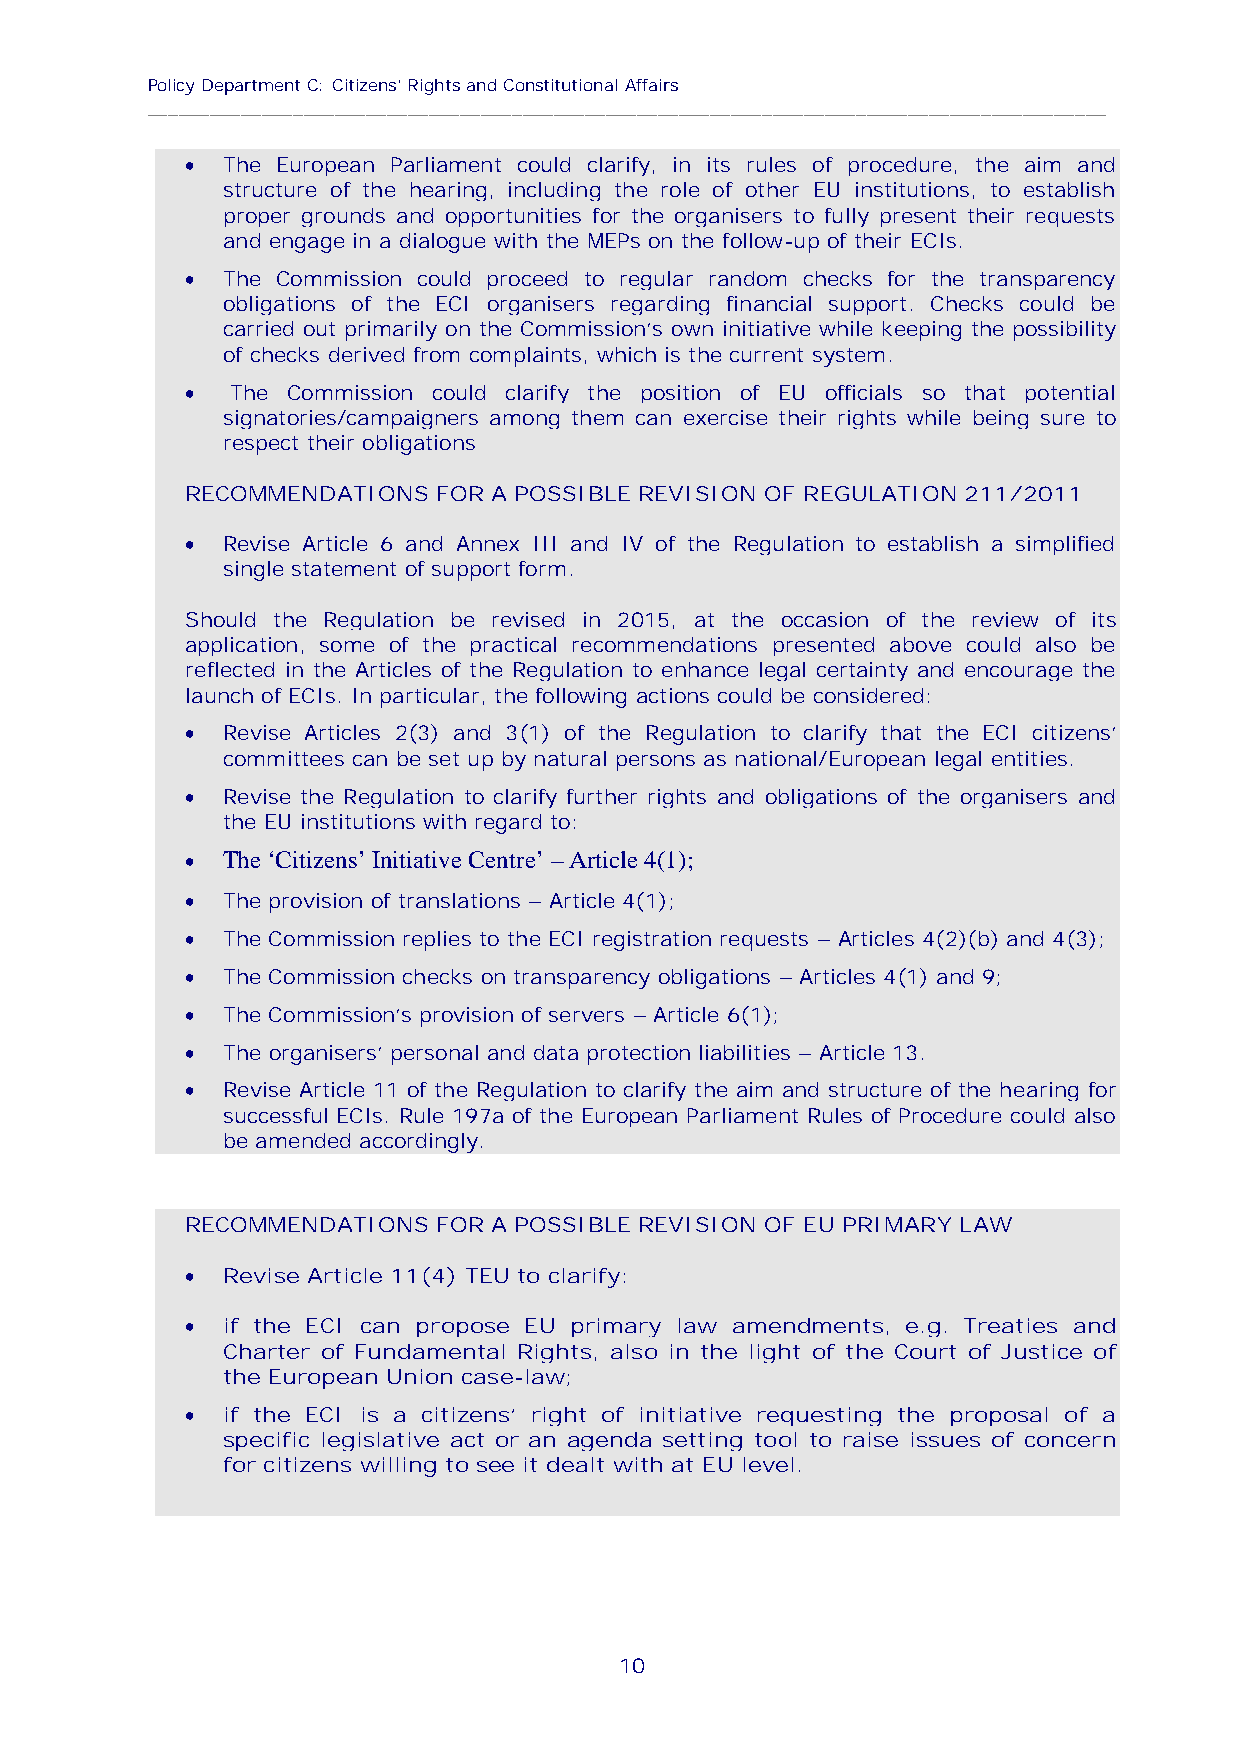
Policy Department C: Citizens' Rights and Constitutional Affairs
 ____________________________________________________________________________________________
 
 The European Parliament could clarify, in its rules of procedure, the aim and
 structure of the hearing, including the role of other EU institutions, to establish
 proper grounds and opportunities for the organisers to fully present their requests
 and engage in a dialogue with the MEPs on the follow-up of their ECIs.
 
 The Commission could proceed to regular random checks for the transparency
 obligations of the ECI organisers regarding financial support. Checks could be
 carried out primarily on the Commission’s own initiative while keeping the possibility
 of checks derived from complaints, which is the current system.
 
 The Commission could clarify the position of EU officials so that potential
 signatories/campaigners among them can exercise their rights while being sure to
 respect their obligations
 RECOMMENDATIONS  FOR A POSSIBLE REVISION OF REGULATION 211/2011
 
 Revise Article 6 and Annex III and IV of the Regulation to establish a simplified
 single statement of support form.
 Should the Regulation be revised in 2015, at the occasion of the review of its
 application, some of the practical recommendations presented above could also be
 reflected in the Articles of the Regulation to enhance legal certainty and encourage the
 launch of ECIs. In particular, the following actions could be considered:
 
 Revise Articles 2(3) and 3(1) of the Regulation to clarify that the ECI citizens’
 committees can be set up by natural persons as national/European legal entities.
 
 Revise the Regulation to clarify further rights and obligations of the organisers and
 the EU institutions with regard to:
   The ‘Citizens’ Initiative Centre’–Article 4(1);
 
 The provision of translations – Article 4(1);
 
 The Commission replies to the ECI registration requests – Articles 4(2)(b) and 4(3);
 
 The Commission checks on transparency obligations – Articles 4(1) and 9;
 
 The Commission’s provision of servers – Article 6(1);
 
 The organisers’ personal and data protection liabilities – Article 13.
 
 Revise Article 11 of the Regulation to clarify the aim and structure of the hearing for
 successful ECIs. Rule 197a of the European Parliament Rules of Procedure could also
 be amended accordingly.
 RECOMMENDATIONS  FOR A POSSIBLE REVISION OF EU PRIMARY LAW
 
 Revise Article 11(4) TEU to clarify:
 
 if the ECI can propose EU primary law amendments, e.g. Treaties and
 Charter of Fundamental Rights, also in the light of the Court of Justice of
 the European Union case-law;
 
 if the ECI is a citizens’ right of initiative requesting the proposal of a
 specific legislative act or an agenda setting tool to raise issues of concern
 for citizens willing to see it dealt with at EU level.
 10